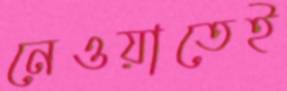
নেওয়াতেই